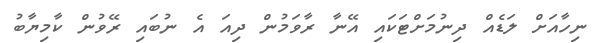
ނިހާއަށް ލަޑެއް ދިނުމަށްޓަކައި އޭނާ ރާވަމުން ދިއަ އެ ނުބައި ރޭވުން ކާމިޔާބު